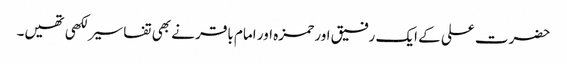
حضرت علی کے ایک رفیق اور حمزہ اور امام باقر نے بھی تفاسیر لکھی تھیں۔